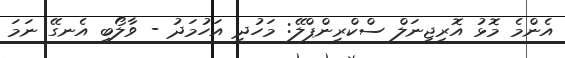
އެންމެ މޮޅު އޮރިޖިނަލް ސްކްރީންޕްލޭ: މަހުދީ އަހުމަދު - ވާލޯބި އެނގޭ ނަމަ